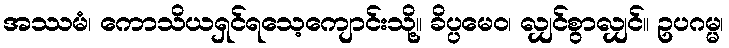
အဿမံ၊ ကောသိယရှင်ရသေ့ကျောင်းသို့။ ခိပ္ပမေဝ၊ လျှင်စွာလျှင်။ ဥပဂမ္မ၊